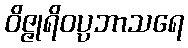
ဝိဇ္ဇုရိဝပ္ပဘာသရေ